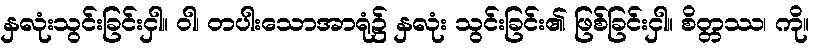
နှလုံးသွင်းခြင်းငှါ။ ဝါ၊ တပါးသောအာရုံ၌ နှလုံး သွင်းခြင်း၏ ဖြစ်ခြင်းငှါ။ စိတ္တဿ၊ ကို။